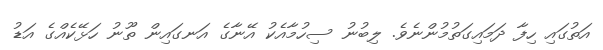
އަތުގައި ހިފާ ދަމައިގަތުމުންނެވެ. ލިބުނު ސިހުމާއެކު އޭނާގެ އަނގައިން ތޫނު ހަޅޭކެއްގެ އަޑު